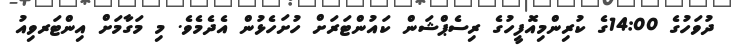
ދުވަހުގެ 14:00ގެ ކުރިންމިއޮފީހުގެ ރިސެޕްޝަން ކައުންޓަރަށް ހުށަހެޅުން އެދެމެވެ. މި މަގާމަށް އިންޓަރވިއު